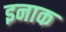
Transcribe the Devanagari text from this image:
इनाक